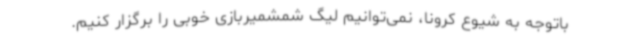
باتوجه به شیوع کرونا، نمی‌توانیم لیگ شمشمیربازی خوبی را برگزار کنیم.